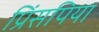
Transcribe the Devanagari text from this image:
प्रिंसपिया